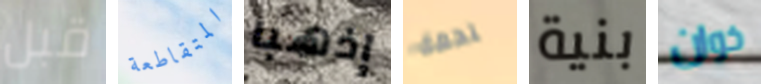
قبل المتقاطعة إذهبا لحمة بنية خوان